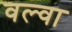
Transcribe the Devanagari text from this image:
वल्वा